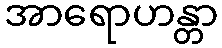
အာရောဟန္တာ